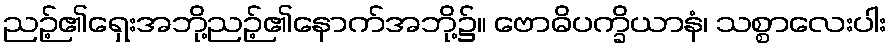
ညဉ့်၏ရှေးအဘို့ညဉ့်၏နောက်အဘို့၌။ ဗောဓိပက္ခိယာနံ၊ သစ္စာလေးပါး